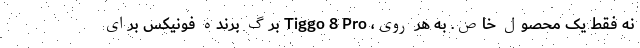
نه فقط یک محصول خاص. به هر روی، Tiggo 8 Pro برگ برنده فونیکس برای